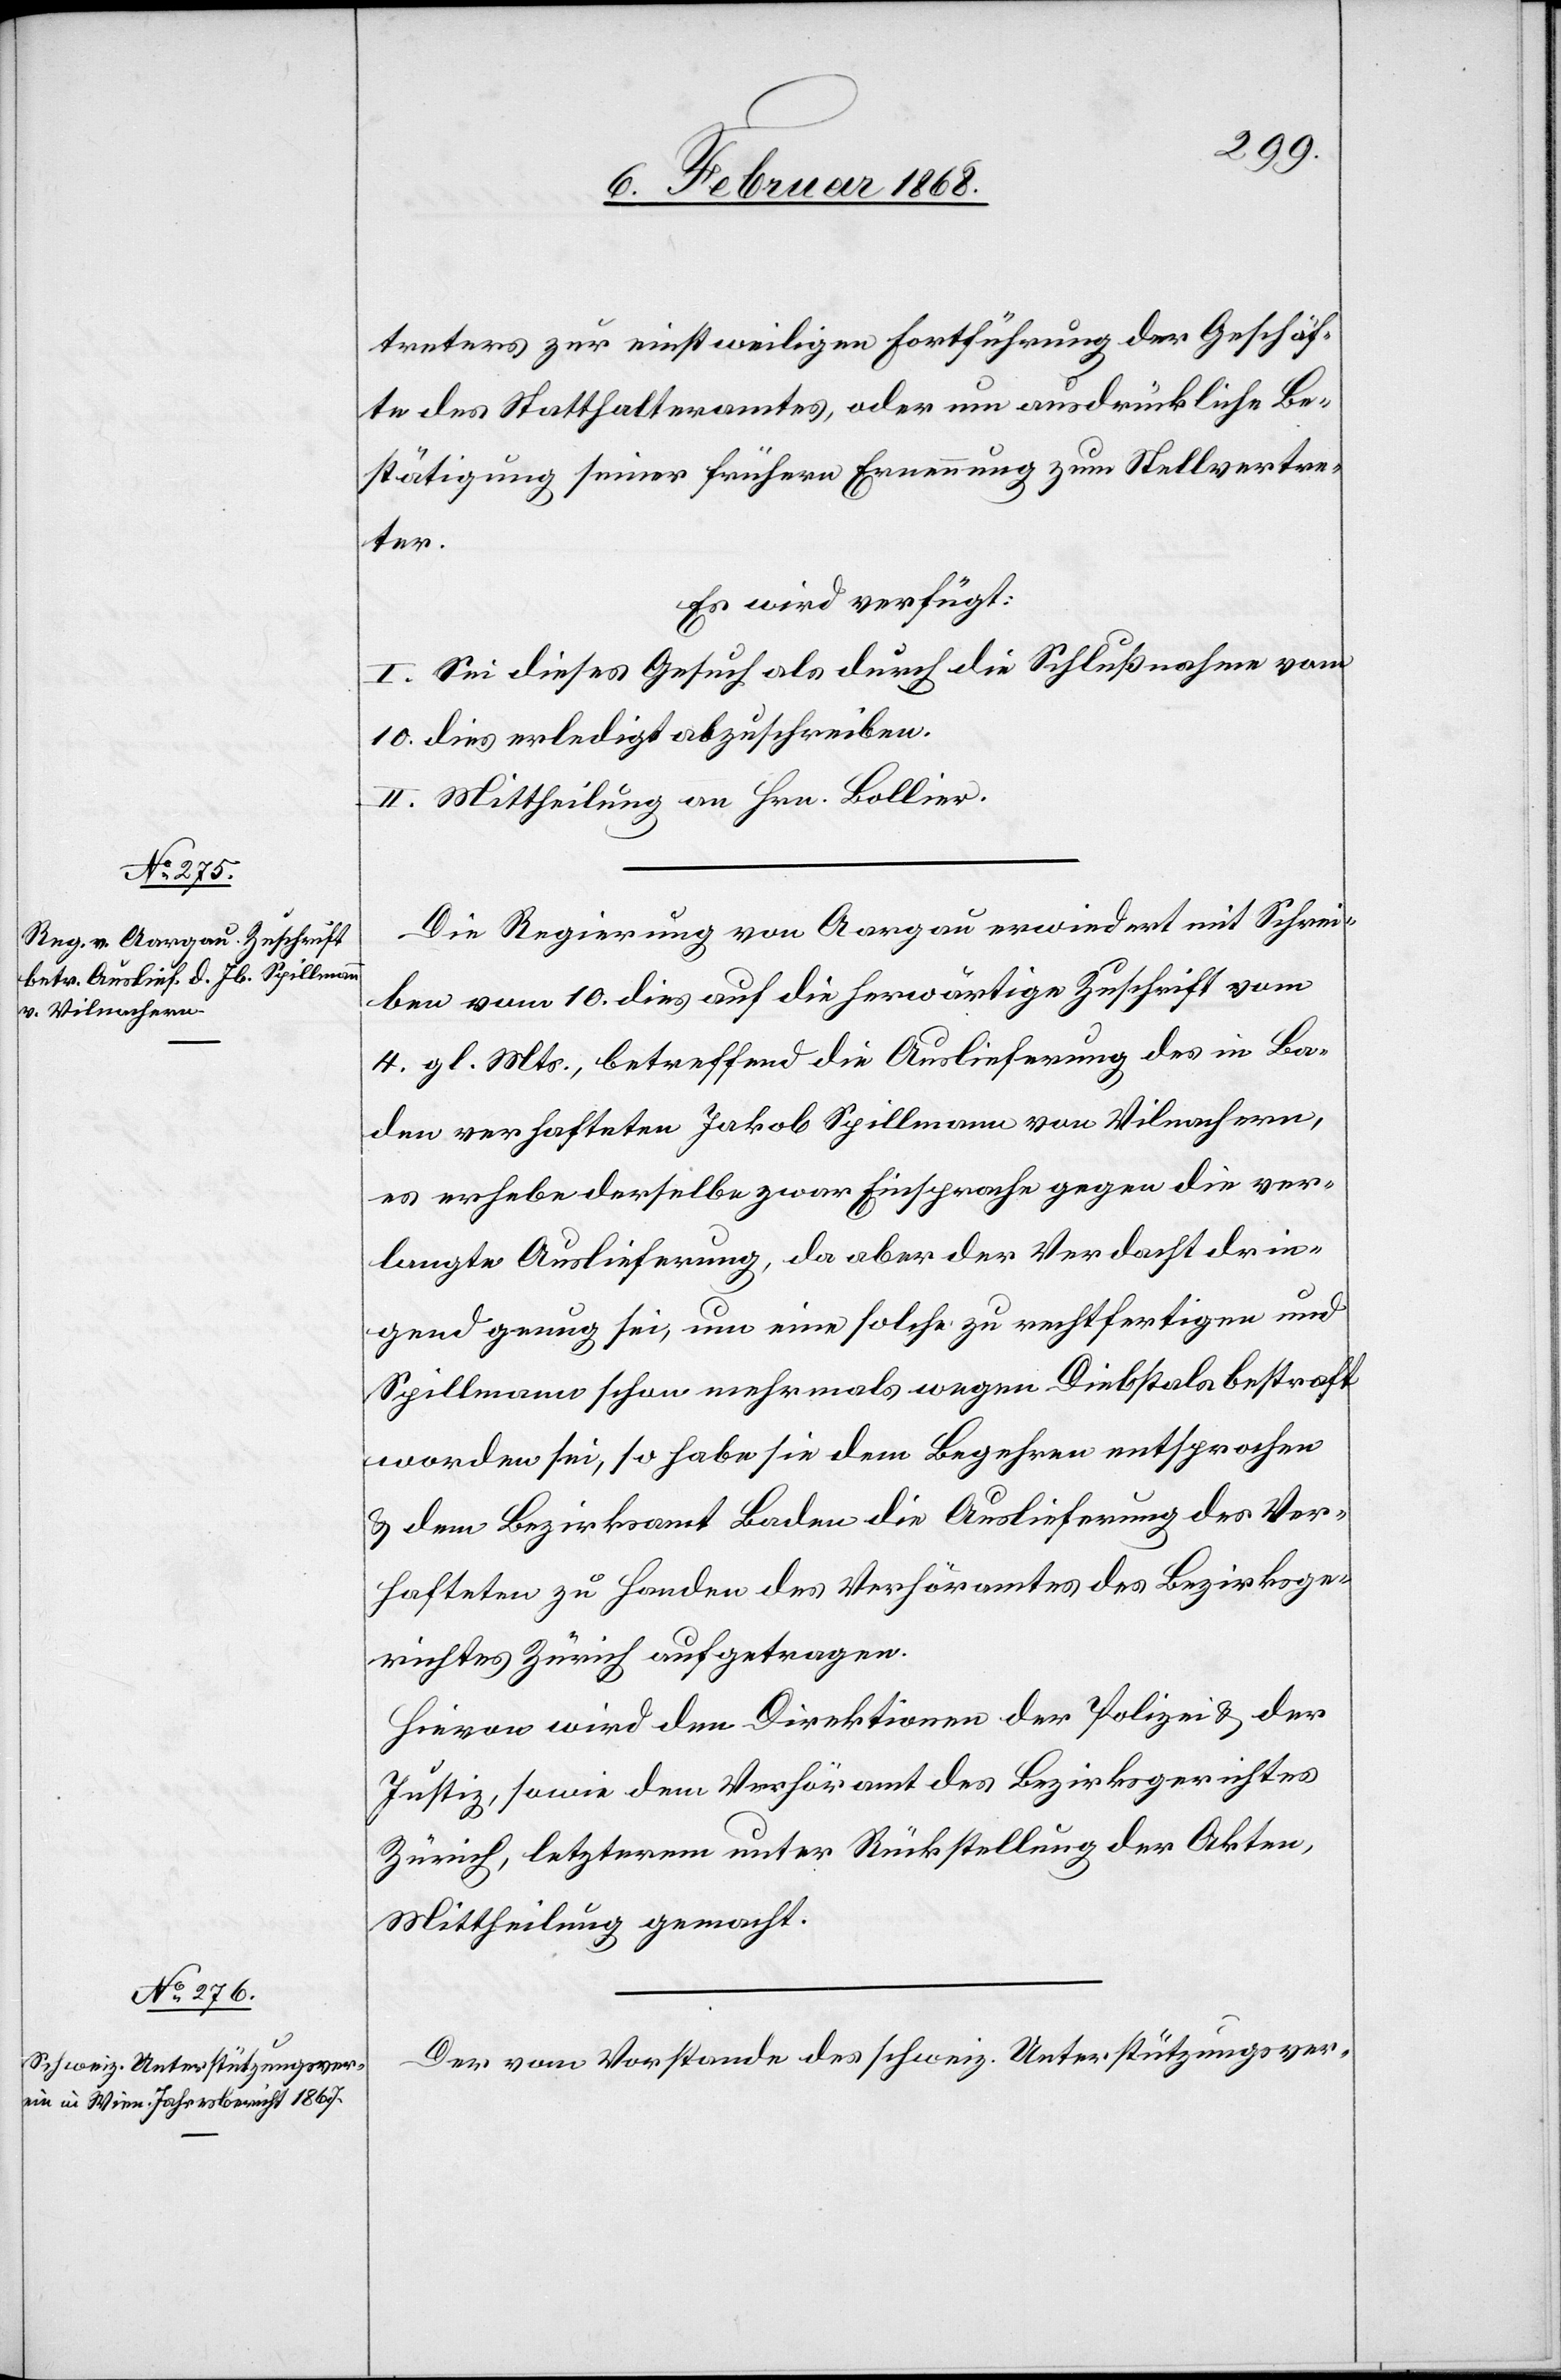
12. Februar 1868.]
treters zur einstweiligen Fortführung der Geschäf¬
te des Statthalteramtes, oder um ausdrückliche Be¬
stätigung seiner frühern Ernennung zum Stellvertre¬
ter.
Es wird verfügt:
I. Sei dieses Gesuch als durch die Schlußnahme vom
10. dies erledigt abzuschreiben.
II. Mittheilung an Hrn. Bollier.
Die Regierung von Aargau erwiedert mit Schrei¬
ben vom 10. dies auf die herwärtige Zuschrift vom
4. gl. Mts., betreffend die Auslieferung des in Ba¬
den verhafteten Jakob Spillmann von Vilnachern,
es erhebe derselbe zwar Einsprache gegen die ver¬
langte Auslieferung, da aber der Verdacht drin¬
gend genug sei, um eine solche zu rechtfertigen und
Spillmann schon mehrmals wegen Diebstals bestraft
worden sei, so habe sie dem Begehren entsprochen
& dem Bezirksamt Baden die Auslieferung des Ver¬
hafteten zu Handen des Verhöramtes des Bezirksge¬
richtes Zürich aufgetragen.
Hievon wird den Direktionen der Polizei & der
Justiz, sowie dem Verhöramt des Bezirksgerichtes
Zürich, letzterem unter Rückstellung der Akten,
Mittheilung gemacht.
Der vom Vorstande des schweiz. Unterstützungsver-